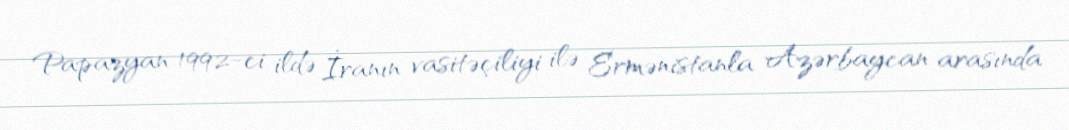
Papazyan 1992-ci ildə İranın vasitəçiliyi ilə Ermənistanla Azərbaycan arasında